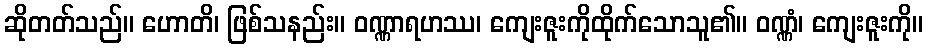
ဆိုတတ်သည်။ ဟောတိ၊ ဖြစ်သနည်း။ ဝဏ္ဏာရဟဿ၊ ကျေးဇူးကိုထိုက်သောသူ၏။ ဝဏ္ဏံ၊ ကျေးဇူးကို။